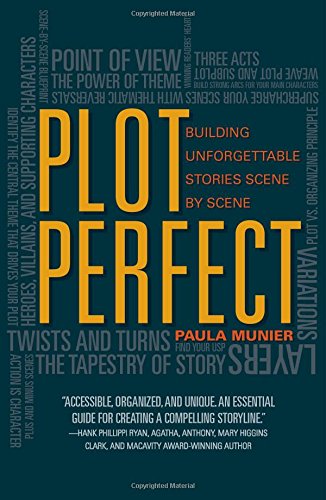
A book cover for Plot Perfect: How to Build Unforgettable Stories Scene by Scene; Paula Munier; Humor & Entertainment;